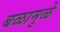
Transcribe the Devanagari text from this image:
बळामुळे